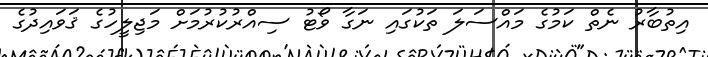
އިތުބާރު ނެތް ކަމުގެ މައްސަލަ ތަކުގައި ނަގާ ވޯޓު ސިއްރުކުރުމަށް މަޖިލީހުގެ ޤަވައިދުގެ